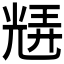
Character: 𭀮